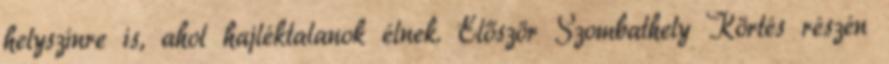
helyszínre is, ahol hajléktalanok élnek. Először Szombathely Körtés részén